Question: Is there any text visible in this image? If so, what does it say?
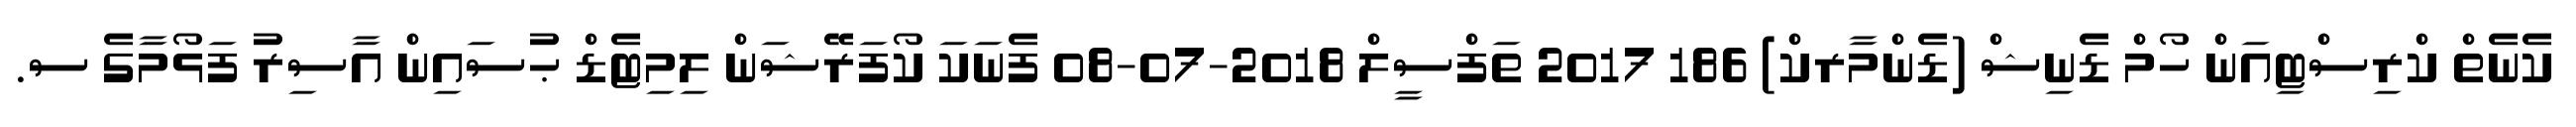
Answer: ކެނެތް ކްރިސްޓިއަން ހޯމް ޑެނިޝް (ޑެންމާރކް) 186 2017 ތަފްސީލް 2018-07-08 ފެނަކަ ކޯފަރޭޝަން ލިމިޓެޑް ޙުސައިން އާސިރު ފަޅޯމާގެ ސ.